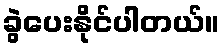
ခွဲပေးနိုင်ပါတယ်။